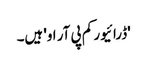
'ڈرائیور کم پی آر او' ہیں۔